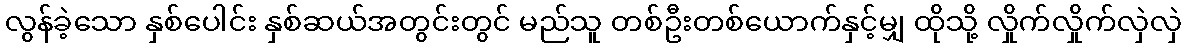
လွန်ခဲ့သော နှစ်ပေါင်း နှစ်ဆယ်အတွင်းတွင် မည်သူ တစ်ဦးတစ်ယောက်နှင့်မျှ ထိုသို့ လှိုက်လှိုက်လှဲလှဲ